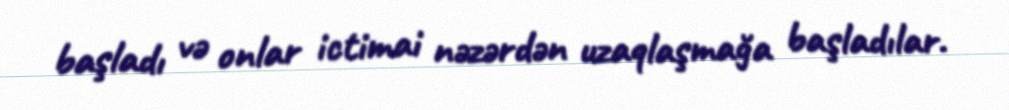
başladı və onlar ictimai nəzərdən uzaqlaşmağa başladılar.